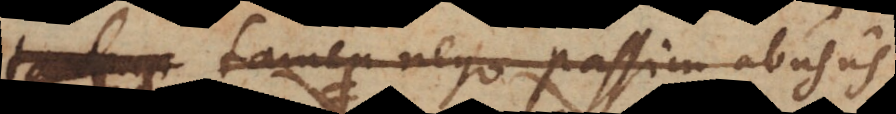
tamen nego passim abusus